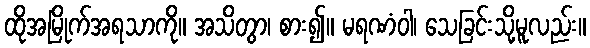
ထိုအမြိုက်အရသာကို။ အသိတွာ၊ စား၍။ မရဏံဝါ၊ သေခြင်းသို့မူလည်း။